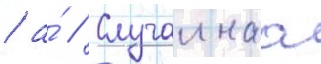
/ а́ // Случаинаа